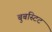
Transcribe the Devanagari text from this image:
बुबस्टिट